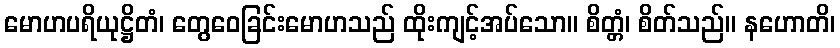
မောဟပရိယုဋ္ဌိတံ၊ တွေဝေခြင်းမောဟသည် ထိုးကျင့်အပ်သော။ စိတ္တံ၊ စိတ်သည်။ နဟောတိ၊